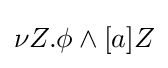
\nu Z.\phi \wedge [a]Z